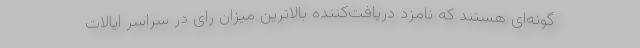
گونه‌ای هستند که نامزد دریافت‌کننده بالاترین میزان رای در سراسر ایالات